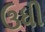
ઉધી